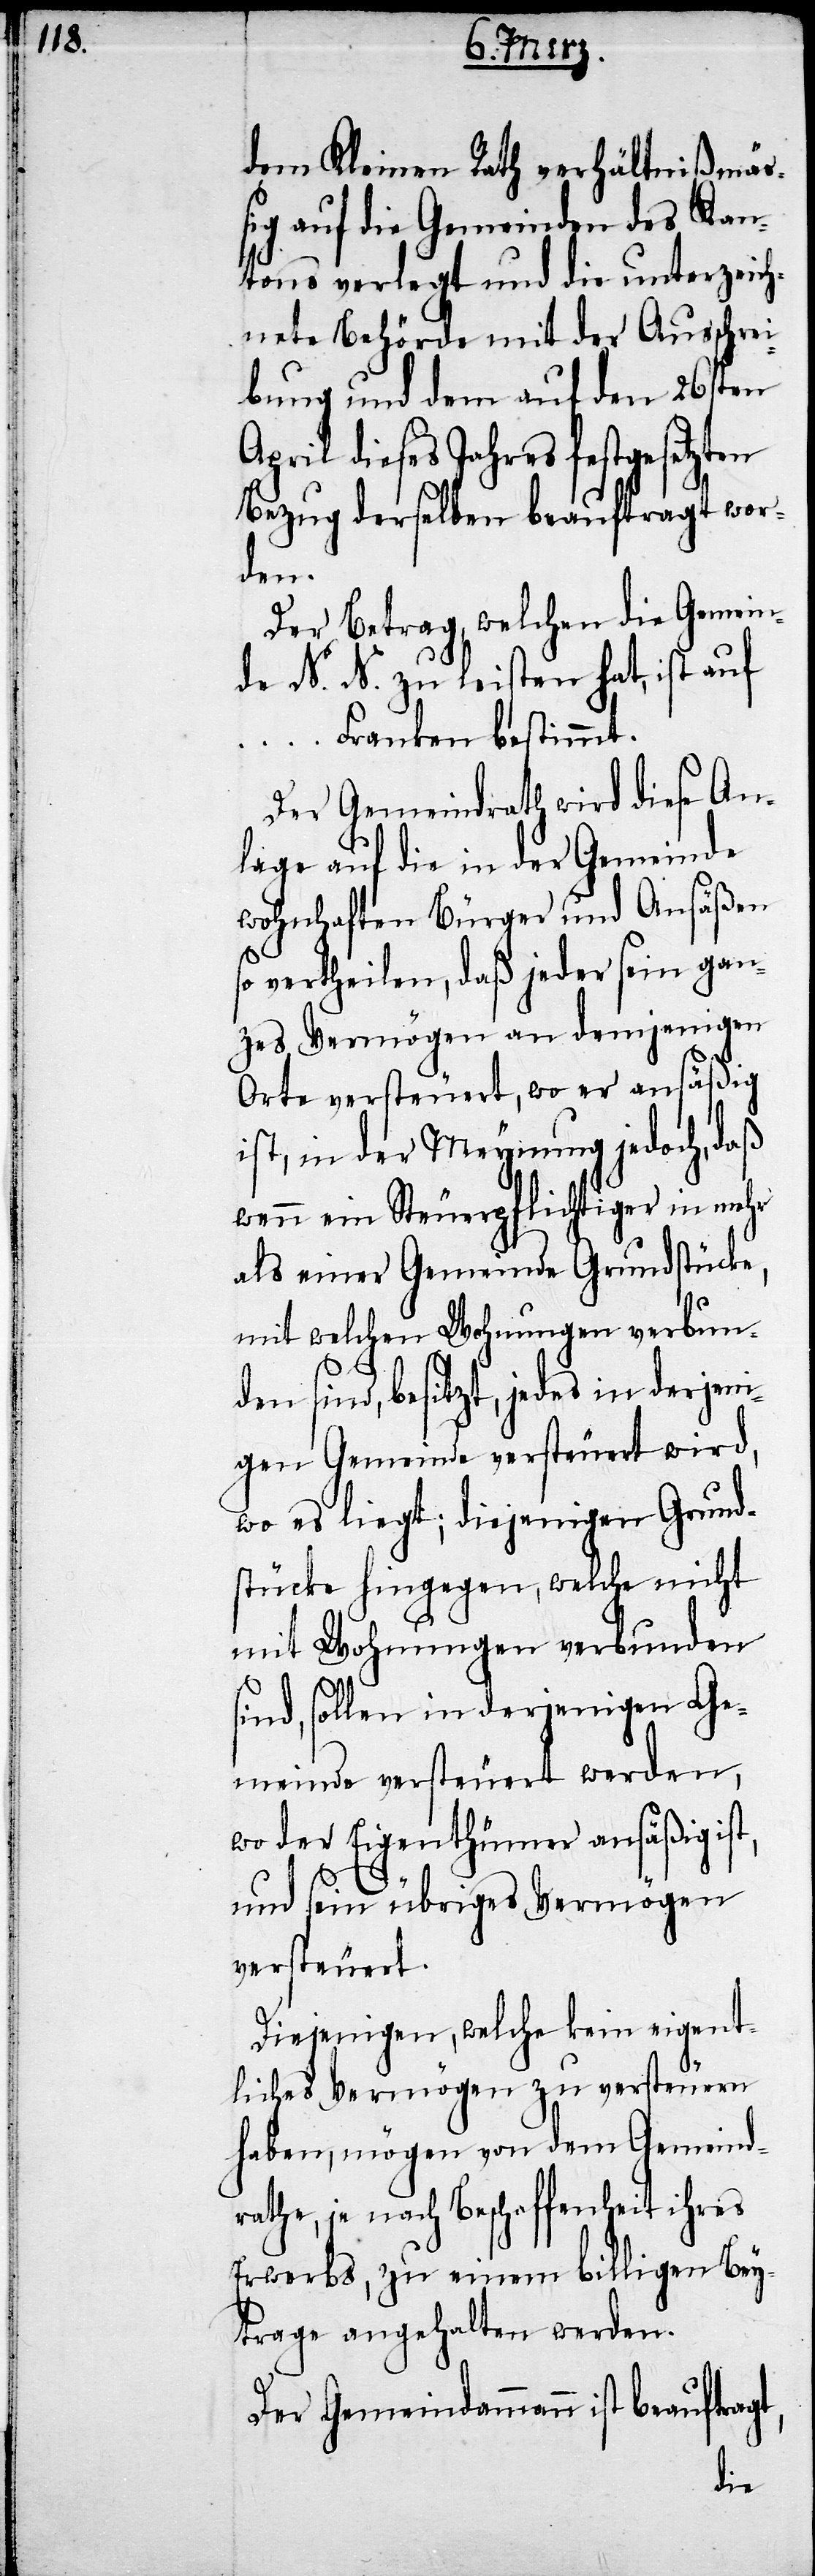
dem Kleinen Rath verhältnißmäs¬
sig auf die Gemeinden des Kan¬
tons verlegt und die unterzeich¬
nete Behörde mit der Ausschrei¬
bung und dem auf den 26sten
April dieses Jahres festgesetzten
Bezug derselben beauftragt wor¬
den.
Der Betrag, welchen die Gemein¬
de N. N. zu leisten hat, ist auf
Franken bestimmt.
Der Gemeindrath wird diese An¬
lage auf die in der Gemeinde
wohnhaften Bürger und Ansäßen
so vertheilen, daß jeder sein gan¬
zes Vermögen an demjenigen
Orte versteuert, wo er ansäßig
ist, in der Meynung jedoch, daß
wenn ein Steuerpflichtiger in mehr
als einer Gemeinde Grundstücke,
mit welchen Wohnungen verbund¬
en sind, besitzt, jedes in derjen¬
igen Gemeinde versteuert wird,
wo es liegt; diejenigen Grund¬
stücke hingegen, welche nicht
mit Wohnungen verbunden
sind, sollen in derjenigen Ge¬
meinde versteuert werden,
wo der Eigenthümer ansäßig is¬
t,
und sein übriges Vermögen
versteuert.
Diejenigen, welche kein eigent¬
liches Vermögen zu versteuern
haben, mögen von dem Gemeind¬
rathe, je nach Beschaffenheit ihres
Erwerbs, zu einem billigen Bey¬
trage angehalten werden.
Der Gemeindammann ist beauftrag¬